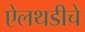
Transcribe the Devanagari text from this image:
ऐलथडीचे